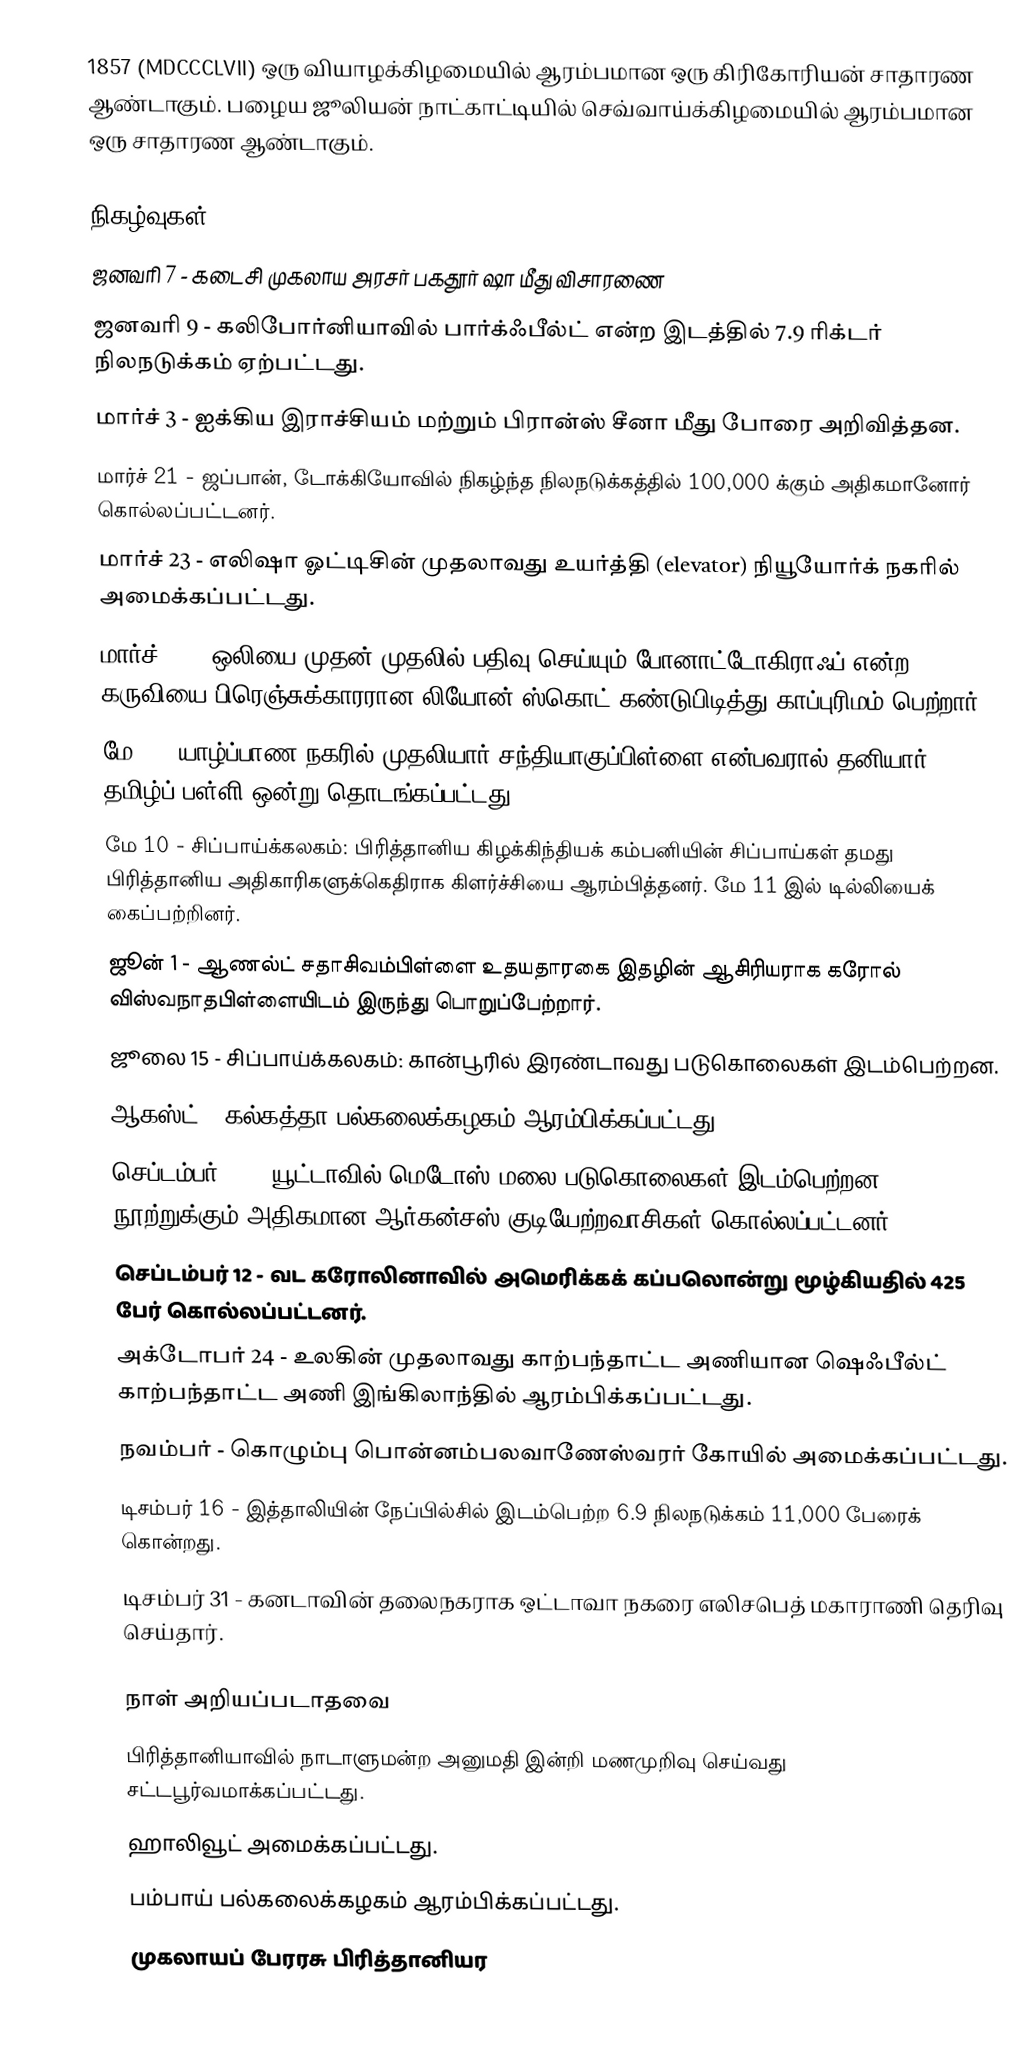
1857 (MDCCCLVII) ஒரு வியாழக்கிழமையில் ஆரம்பமான ஒரு கிரிகோரியன் சாதாரண ஆண்டாகும். பழைய ஜூலியன் நாட்காட்டியில் செவ்வாய்க்கிழமையில் ஆரம்பமான ஒரு சாதாரண ஆண்டாகும்.

நிகழ்வுகள்
 ஜனவரி 7 - கடைசி முகலாய அரசர் பகதூர் ஷா மீது விசாரணை
 ஜனவரி 9 - கலிபோர்னியாவில் பார்க்ஃபீல்ட் என்ற இடத்தில் 7.9 ரிக்டர் நிலநடுக்கம் ஏற்பட்டது.
 மார்ச் 3 - ஐக்கிய இராச்சியம் மற்றும் பிரான்ஸ் சீனா மீது போரை அறிவித்தன.
 மார்ச் 21 - ஜப்பான், டோக்கியோவில் நிகழ்ந்த நிலநடுக்கத்தில் 100,000 க்கும் அதிகமானோர் கொல்லப்பட்டனர்.
 மார்ச் 23 - எலிஷா ஓட்டிசின் முதலாவது உயர்த்தி (elevator) நியூயோர்க் நகரில் அமைக்கப்பட்டது.
 மார்ச் 25 - ஒலியை முதன் முதலில் பதிவு செய்யும் போனாட்டோகிராஃப் என்ற கருவியை பிரெஞ்சுக்காரரான லியோன் ஸ்கொட் கண்டுபிடித்து காப்புரிமம் பெற்றார்.
 மே 1 - யாழ்ப்பாண நகரில் முதலியார் சந்தியாகுப்பிள்ளை என்பவரால் தனியார் தமிழ்ப் பள்ளி ஒன்று தொடங்கப்பட்டது.
 மே 10 - சிப்பாய்க்கலகம்: பிரித்தானிய கிழக்கிந்தியக் கம்பனியின் சிப்பாய்கள் தமது பிரித்தானிய அதிகாரிகளுக்கெதிராக கிளர்ச்சியை ஆரம்பித்தனர். மே 11 இல் டில்லியைக் கைப்பற்றினர்.
 ஜூன் 1 - ஆணல்ட் சதாசிவம்பிள்ளை உதயதாரகை இதழின் ஆசிரியராக கரோல் விஸ்வநாதபிள்ளையிடம் இருந்து பொறுப்பேற்றார்.
 ஜூலை 15 - சிப்பாய்க்கலகம்: கான்பூரில் இரண்டாவது படுகொலைகள் இடம்பெற்றன.
 ஆகஸ்ட் - கல்கத்தா பல்கலைக்கழகம் ஆரம்பிக்கப்பட்டது.
 செப்டம்பர் 11 - யூட்டாவில் மெடோஸ் மலை படுகொலைகள் இடம்பெற்றன. நூற்றுக்கும் அதிகமான ஆர்கன்சஸ் குடியேற்றவாசிகள் கொல்லப்பட்டனர்.
 செப்டம்பர் 12 - வட கரோலினாவில் அமெரிக்கக் கப்பலொன்று மூழ்கியதில் 425 பேர் கொல்லப்பட்டனர்.
 அக்டோபர் 24 - உலகின் முதலாவது காற்பந்தாட்ட அணியான ஷெஃபீல்ட் காற்பந்தாட்ட அணி இங்கிலாந்தில் ஆரம்பிக்கப்பட்டது.
 நவம்பர் - கொழும்பு பொன்னம்பலவாணேஸ்வரர் கோயில் அமைக்கப்பட்டது.
 டிசம்பர் 16 - இத்தாலியின் நேப்பில்சில் இடம்பெற்ற 6.9 நிலநடுக்கம் 11,000 பேரைக் கொன்றது.
 டிசம்பர் 31 - கனடாவின் தலைநகராக ஒட்டாவா நகரை எலிசபெத் மகாராணி தெரிவு செய்தார்.

நாள் அறியப்படாதவை
 பிரித்தானியாவில் நாடாளுமன்ற அனுமதி இன்றி மணமுறிவு செய்வது சட்டபூர்வமாக்கப்பட்டது.
 ஹாலிவூட் அமைக்கப்பட்டது.
 பம்பாய் பல்கலைக்கழகம் ஆரம்பிக்கப்பட்டது.
 முகலாயப் பேரரசு பிரித்தானியர